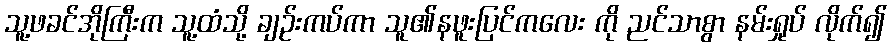
သူ့ဖခင်အိုကြီးက သူ့ထံသို့ ချဉ်းကပ်ကာ သူ၏နဖူးပြင်ကလေး ကို ညင်သာစွာ နမ်းရှုပ် လိုက်၍